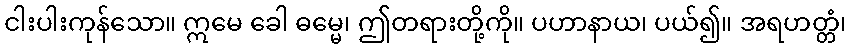
ငါးပါးကုန်သော။ ဣမေ ခေါ ဓမ္မေ၊ ဤတရားတို့ကို။ ပဟာနာယ၊ ပယ်၍။ အရဟတ္တံ၊